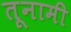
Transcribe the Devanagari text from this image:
तूनामी